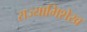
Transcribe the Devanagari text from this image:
राज्याभिशेख